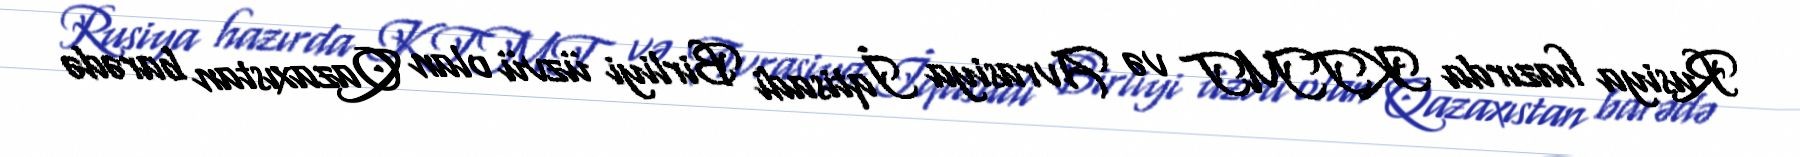
Rusiya hazırda KTMT və Avrasiya İqtisadi Birliyi üzvü olan Qazaxıstan barədə